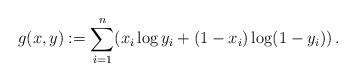
LaTeX: \begin{align*}g(x,y) := \sum_{i=1}^n (x_i \log y_i + (1-x_i)\log (1-y_i))\, .\end{align*}